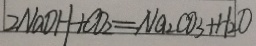
2 N a O H + C O _ { 2 } = N a _ { 2 } C O _ { 3 } + H _ { 2 } O